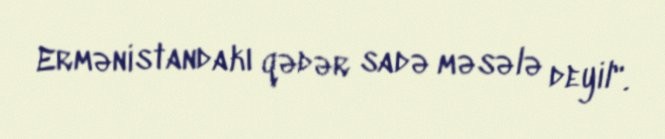
Ermənistandakı qədər sadə məsələ deyil".